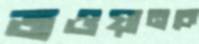
জওয়ানকে